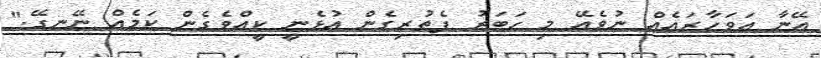
އޭނާ އަވަހާރައެއް ނުވެއޭ މި ހަބަރު ފެތުރިގެން އުޅެނީ ކީއްވެގެން ކަމެއް ނޭނގޭ."